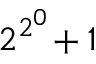
2 ^ { 2 ^ { 0 } } \! + 1